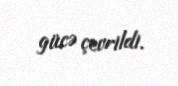
gücə çevrildi.